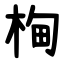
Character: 㭵